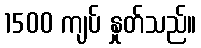
1500 ကျပ် နှုတ်သည်။